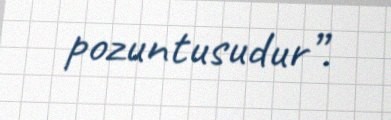
pozuntusudur”.